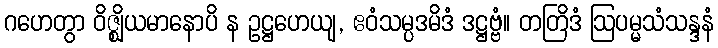
ဂဟေတွာ ဝိဇ္ဈိယမာနောပိ န ဥဋ္ဌဟေယျ, ဧဝံသမ္ပဒမိဒံ ဒဋ္ဌဗ္ဗံ။ တတြိဒံ ဩပမ္မသံသန္ဒနံ